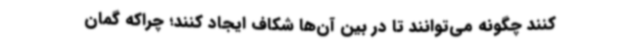
کنند چگونه می‌توانند تا در بین آن‌ها شکاف ایجاد کنند؛ چراکه گمان